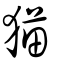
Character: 猫